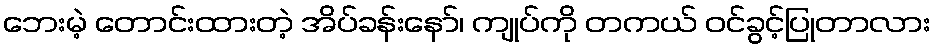
ဘေးမဲ့ တောင်းထားတဲ့ အိပ်ခန်းနော်၊ ကျုပ်ကို တကယ် ဝင်ခွင့်ပြုတာလား